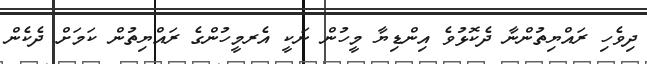
ދިވެހި ރައްޔިތުންނާ ދެކޮޅުވެ އިންޑިޔާ މީހުން ނަކީ އެރމީހުންގެ ރައްޔިތުން ކަމަށް ދެކެން